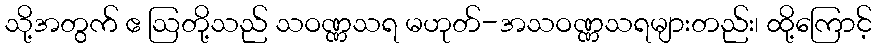
သို့အတွက် ဧ ဩတို့သည် သဝဏ္ဏသရ မဟုတ်-အသဝဏ္ဏသရများတည်း၊ ထို့ကြောင့်